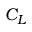
C _ { L }